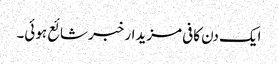
ایک دن کافی مزیدار خبر شائع ہوئی۔